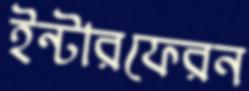
ইন্টারফেরন